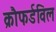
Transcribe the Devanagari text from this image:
क्रौफर्डविल